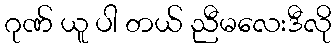
ဂုဏ် ယူ ပါ တယ် ညီမလေးဒီလို